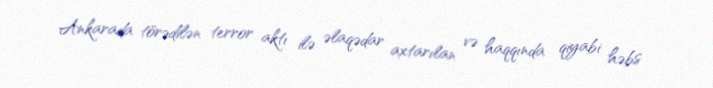
Ankarada törədilən terror aktı ilə əlaqədar axtarılan və haqqında qiyabi həbs